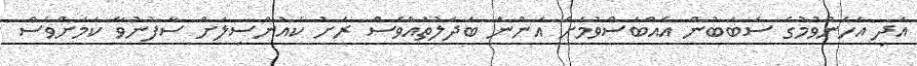
އަދި އެހެންވުމުގެ ސަބަބުން އެއްބަސްވުމަށް އަންނަ ބަދަލުތައްވެސް ރަށު ކައުންސިލަށް ސާފުނުވާ ކަމަށްވެސް